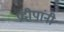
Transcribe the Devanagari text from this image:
प्रदीपांनी